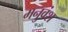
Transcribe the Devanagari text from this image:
मनुवंश